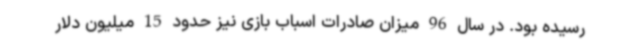
رسیده بود. در سال 96 میزان صادرات اسباب بازی نیز حدود 15 میلیون دلار